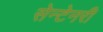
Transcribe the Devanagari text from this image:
सेन्टेनरी